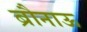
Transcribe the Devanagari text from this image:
ब्रौनाऊ